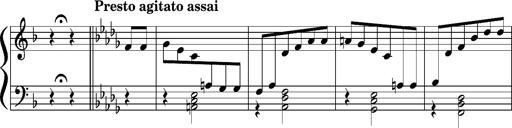
Title: Concerto sans orchestre, S.524a
Composer: Franz Liszt
Key: A major